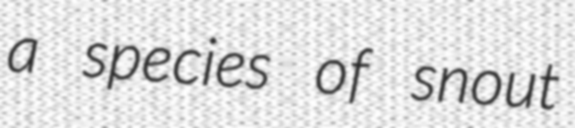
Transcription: a species of snout